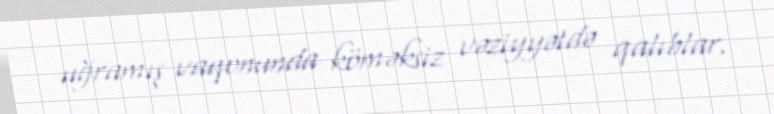
uğramış vaqonunda köməksiz vəziyyətdə qalıblar.